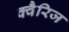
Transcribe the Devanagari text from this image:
क्वैरिज